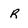
Character: R